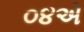
૦૪એ